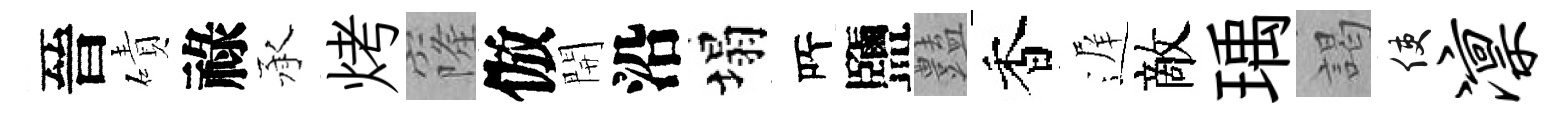
晉磧祿承烤窿倣開沿塌𠩄鹽𧰟香遅敵瑀謁使凛